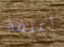
أعتقد